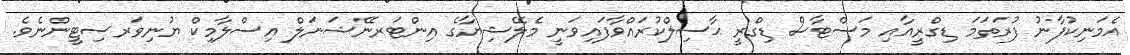
އެމަނިކުފާނު ފުރަތަމަ ޑިގްރީއާއި މަސްޓާސް ޑިގްރީ ޙާސިލްކުރައްވާފައިވަނީ މެލޭޝިޔާގެ އިންޓަރނޭޝަނަލް އިސްލާމިކް ޔުނިވަރސިޓީންނެވެ.